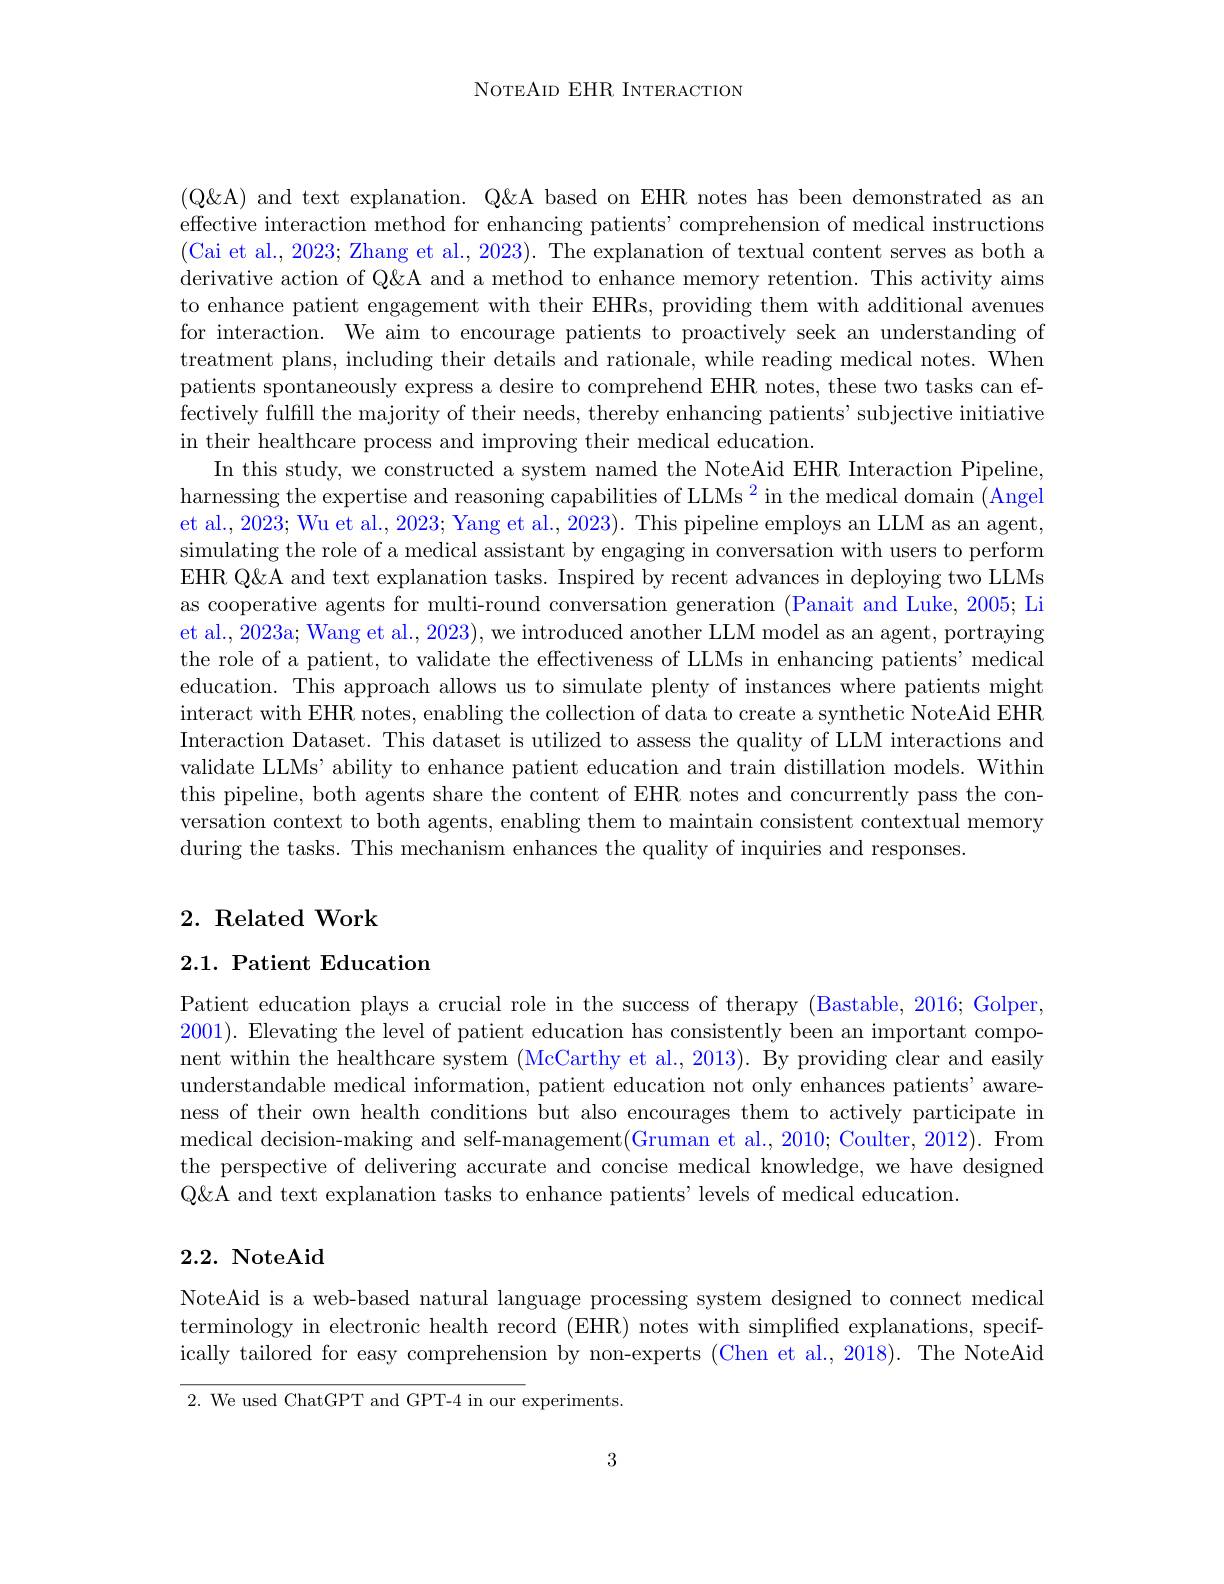
NOTEAID EHR INTERACTION

(Q&A) and text explanation. Q&A based on EHR notes has been demonstrated as an effective interaction method for enhancing patients'comprehension of medical instructions derivative action of Q&A and a method to enhance memory retention. This activity aims to enhance patient engagement with their EHRs, providing them with additional avenues for interaction. We aim to encourage patients to proactively seek an understanding of treatment plans, including their details and rationale, while reading medical notes. When patients spontaneously express a desire to comprehend EHR notes, these two tasks can effectively fulfill the majority of their needs, thereby enhancing patients' subjective initiative in their healthcare process and improving their medical education.
In this study, we constructed a system named the NoteAid EHR Interaction Pipeline, harnessing the expertise and reasoning capabilities of LLMs $^2$ in the medical domain (Angel et al., 2023; Wu et al., 2023; Yang et al., 2023). This pipeline employs an LLM as an agent, simulating the role of a medical assistant by engaging in conversation with users to perform EHR Q&A and text explanation tasks. Inspired by recent advances in deploying two LLMs as cooperative agents for multi-round conversation generation (Panait and Luke, 2005; Li et al., 2023a; Wang et al., 2023), we introduced another LLM model as an agent, portraying the role of a patient, to validate the effectiveness of LLMs in enhancing patients' medical education. This approach allows us to simulate plenty of instances where patients might interact with EHR notes, enabling the collection of data to create a synthetic NoteAid EHR Interaction Dataset. This dataset is utilized to assess the quality of LLM interactions and validate LLMs' ability to enhance patient education and train distillation models. Withim this pipeline, both agents share the content of EHR notes and concurrently pass the conversation context to both agents, enabling them to maintain consistent contextual memory during the tasks. This mechanism enhances the quality of inquiries and responses.

## $2. \textbf{Related Work}$

2.1. Patient Education

Patient education plays a crucial role in the success of therapy (Bastable, 2016; Golper, 2001). Elevating the level of patient education has consistently been an important component within the healthcare system (McCarthy et al., 2013). By providing clear and easily understandable medical information, patient education not only enhances patients' awareness of their own health conditions but also encourages them to actively participate in medical decision-making and self-management(Gruman et al., 2010; Coulter, 2012). From the perspective of delivering accurate and concise medical knowledge, we have designed Q&A and text explanation tasks to enhance patients' levels of medical education.

### 2.2. NoteAid

NoteAid is a web-based natural language processing system designed to connect medical terminology in electronic health record (EHR) notes with simplified explanations, specifically tailored for easy comprehension by non-experts (Chen et al., 2018). The NoteAid

$2.{\mathrm{~We~used~ChatGPT~and~GPT-4~in~our~experiments.}}$

3